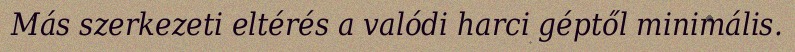
Más szerkezeti eltérés a valódi harci géptől minimális.